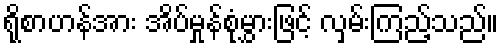
ရိုစာဟန်အား အိပ်မှုန်စုံမွှားဖြင့် လှမ်းကြည့်သည်။